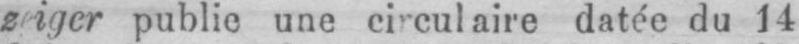
datée du 14